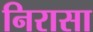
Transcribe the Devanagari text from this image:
निरासा